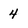
Character: 4